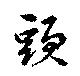
頭